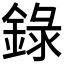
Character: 錄